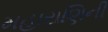
મહારાણિની